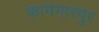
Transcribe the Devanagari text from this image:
कामगारपुर